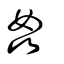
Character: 姦